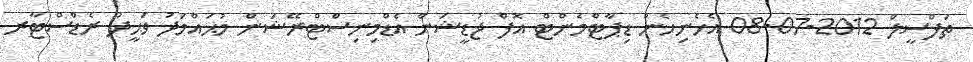
ތަފްސީލް 2012-07-08 އެހެނިހެން ޑިޕާޓްމެންޓް އޮފް ޖުޑީޝަން އެޑްމިނިސްޓްރޭޝަން މުޙައްމަދު ވަޙީދު ރެޑްސްޓާރ